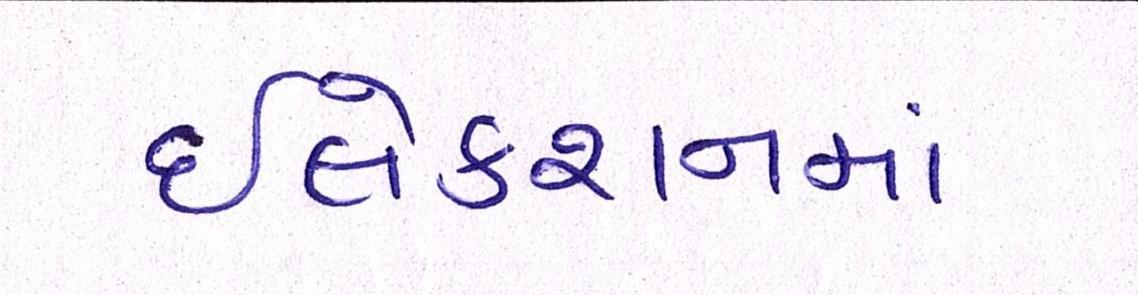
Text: ઇલેક્શનમાં